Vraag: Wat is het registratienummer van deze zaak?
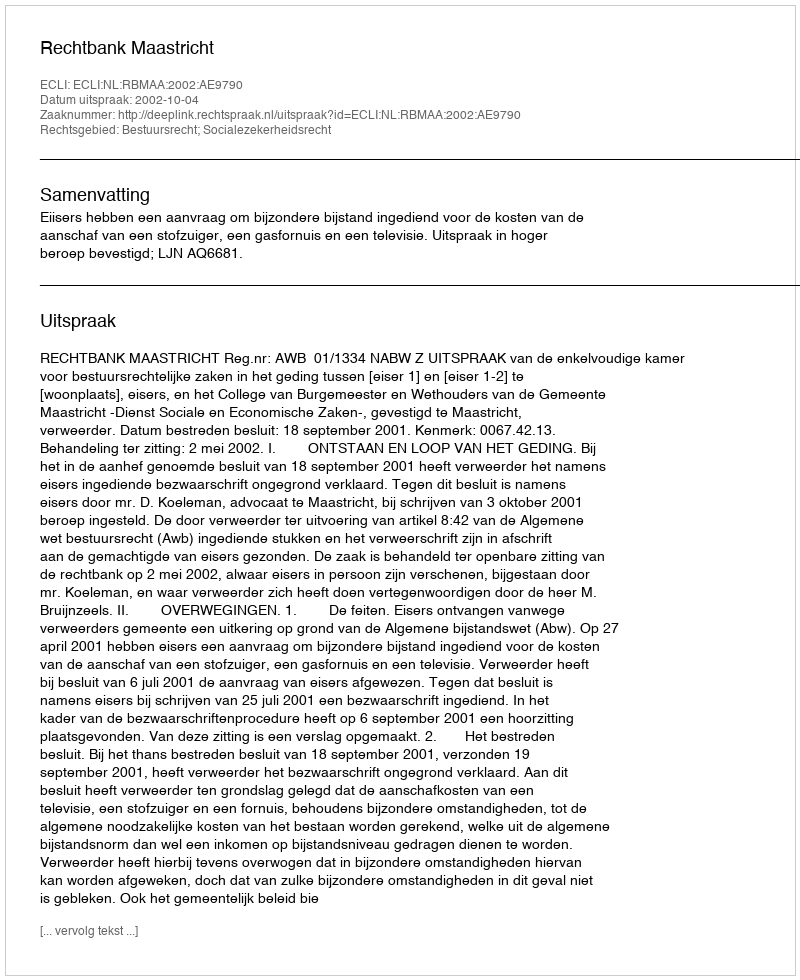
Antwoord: http://deeplink.rechtspraak.nl/uitspraak?id=ECLI:NL:RBMAA:2002:AE9790